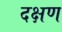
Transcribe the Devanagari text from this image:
दक्षण